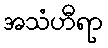
အသံဟီရာ